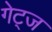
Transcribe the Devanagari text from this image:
गेट्ज